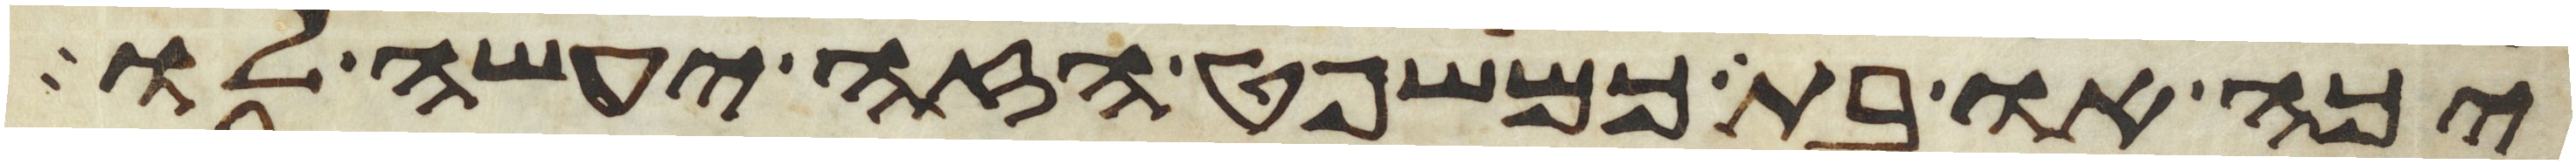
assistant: יכה או בת כמשפט הזה יעשה לו